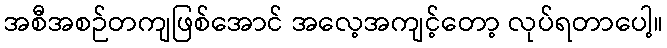
အစီအစဉ်တကျဖြစ်အောင် အလေ့အကျင့်တော့ လုပ်ရတာပေါ့။